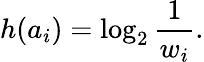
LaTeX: h(a_{i})=\log_{2}{\frac{1}{w_{i}}}.